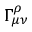
\Gamma _ { \mu \nu } ^ { \rho }